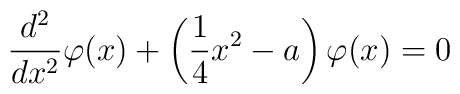
\frac{d^2}{dx^2}\varphi (x) + \left(\frac{1}{4}x^2 - a\right)\varphi (x)=0